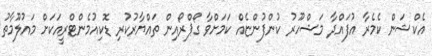
އެކްޝަން ކެމެރާ އުފައްދާ މަޝްހޫރު ކުންފުންޏެއް ކަމަށްވާ ގޯޕްރޯއިން ތައްޔާރުކުރި ޑޮކިއުމެންޓްރީއަކަށް މައުލޫމާތު